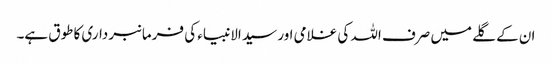
ان کے گلے میں صرف اللہ کی غلامی اور سید الانبیاء کی فرمانبرداری کا طوق ہے۔